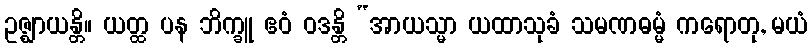
ဥဇ္ဈာယန္တိ။ ယတ္ထ ပန ဘိက္ခူ ဧဝံ ဝဒန္တိ “အာယသ္မာ ယထာသုခံ သမဏဓမ္မံ ကရောတု, မယံ